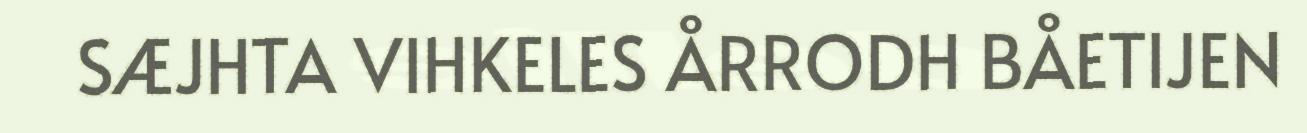
SÆJHTA VIHKELES ÅRRODH BÅETIJEN